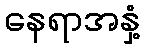
နေရာအနှံ့